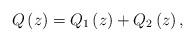
LaTeX: \begin{align*}Q\left( z \right)=Q_{1}\left( z \right)+Q_{2}\left( z \right),\end{align*}